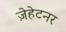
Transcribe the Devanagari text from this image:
ज़ेहेटनर